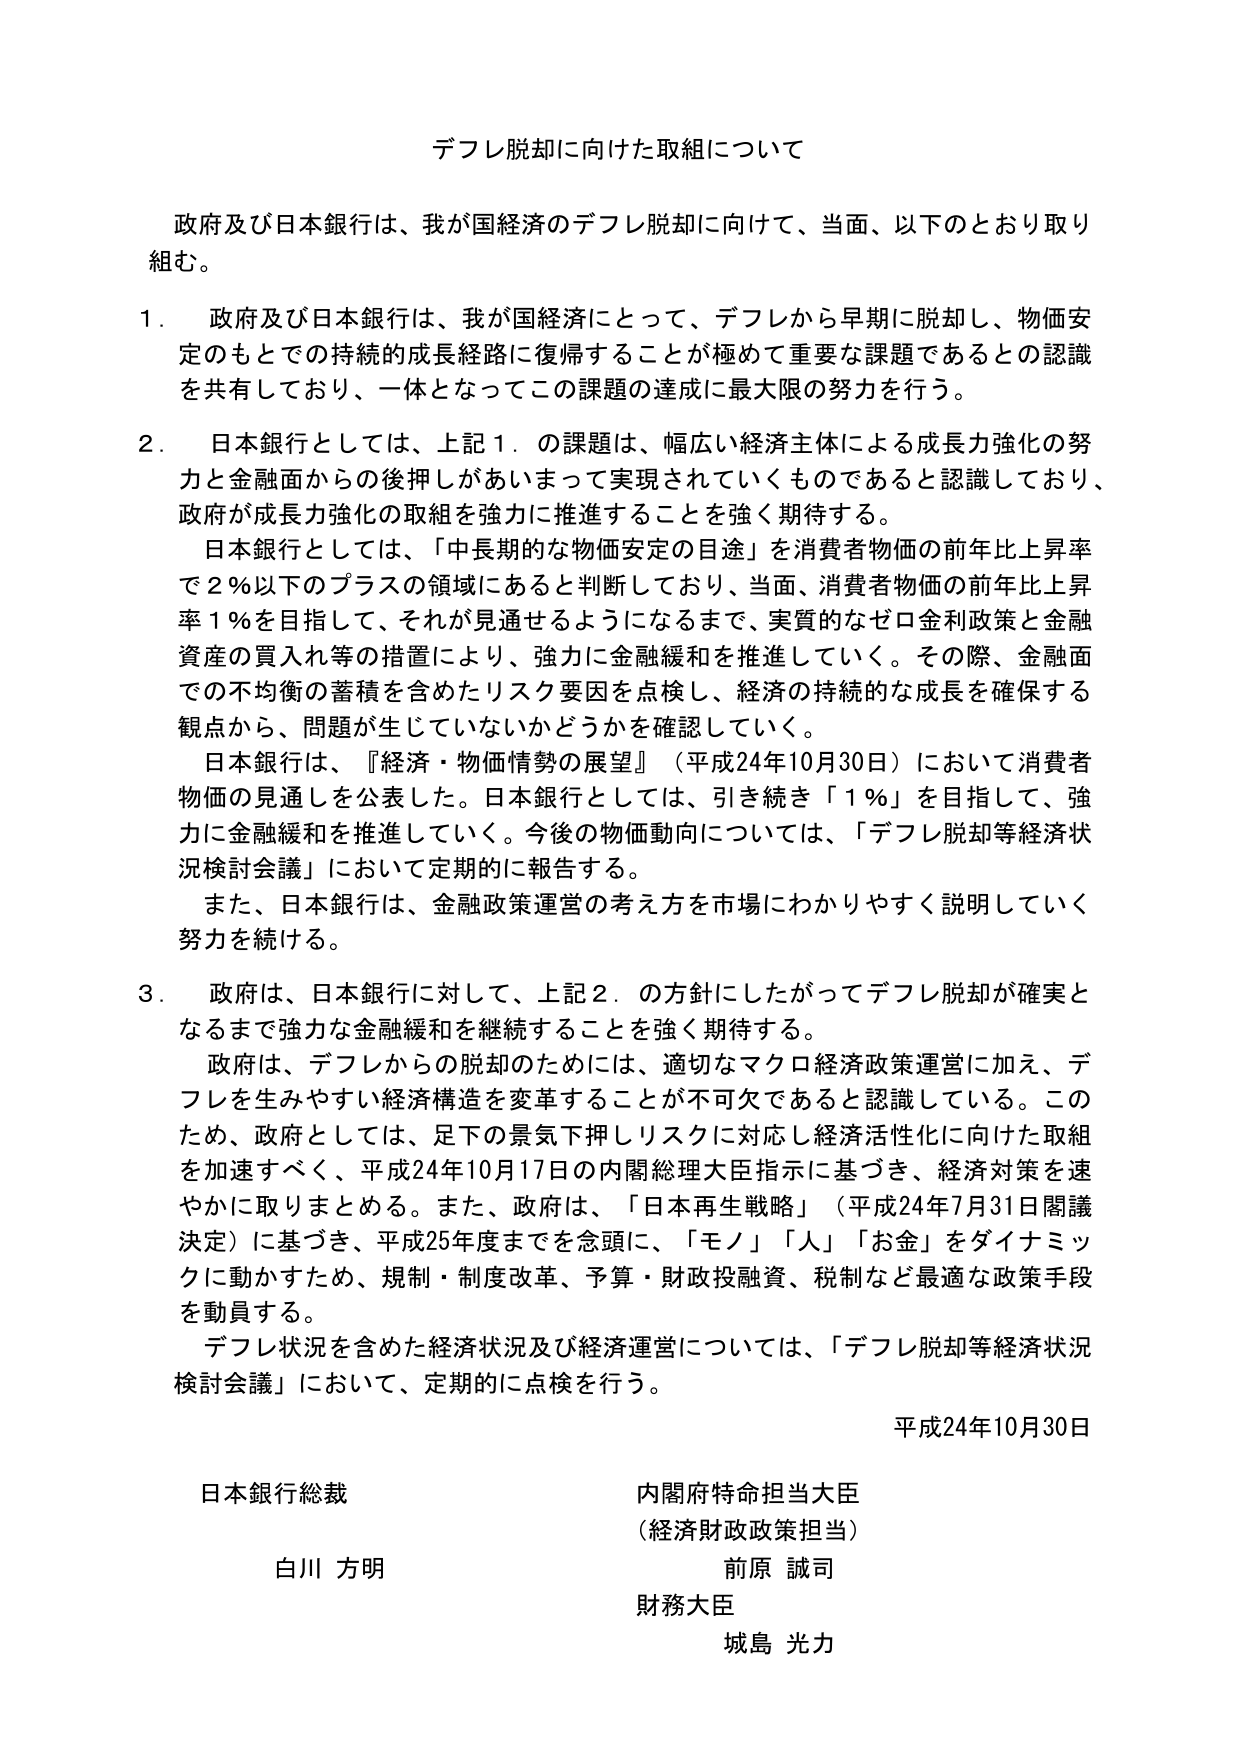
デフレ脱却に向けた取組について

政府及び日本銀行は、我が国経済のデフレ脱却に向けて、当面、以下のとおり取り組む。

1．政府及び日本銀行は、我が国経済にとって、デフレから早期に脱却し、物価安定のもとでの持続的成長経路に復帰することが極めて重要な課題であるとの認識を共有しており、一体となってこの課題の達成に最大限の努力を行う。

2．日本銀行としては、上記1．の課題は、幅広い経済主体による成長力強化の努力と金融面からの後押しがあいまって実現されていくものであると認識しており、政府が成長力強化の取組を強力に推進することを強く期待する。

日本銀行としては、「中長期的な物価安定の目途」を消費者物価の前年比上昇率で2％以下のプラスの領域にあると判断しており、当面、消費者物価の前年比上昇率1％を目指して、それが見通せるようになるまで、実質的なゼロ金利政策と金融資産の買入れ等の措置により、強力に金融緩和を推進していく。その際、金融面での不均衡の蓄積を含めたリスク要因を点検し、経済の持続的な成長を確保する観点から、問題が生じていないかどうかを確認していく。

日本銀行は、『経済・物価情勢の展望』（平成24年10月30日）において消費者物価の見通しを公表した。日本銀行としては、引き続き「1％」を目指して、強力に金融緩和を推進していく。今後の物価動向については、「デフレ脱却等経済状況検討会議」において定期的に報告する。

また、日本銀行は、金融政策運営の考え方を市場にわかりやすく説明していく努力を続ける。

3．政府は、日本銀行に対して、上記2．の方針にしたがってデフレ脱却が確実となるまで強力な金融緩和を継続することを強く期待する。

政府は、デフレからの脱却のためには、適切なマクロ経済政策運営に加え、デフレを生みやすい経済構造を変革することが不可欠であると認識している。このため、政府としては、足下の景気下押しリスクに対応し経済活性化に向けた取組を加速すべく、平成24年10月17日の内閣総理大臣指示に基づき、経済対策を速やかに取りまとめる。また、政府は、「日本再生戦略」（平成24年7月31日閣議決定）に基づき、平成25年度までを念頭に、「モノ」「人」「お金」をダイナミックに動かすため、規制・制度改革、予算・財政投融資、税制など最適な政策手段を動員する。

デフレ状況を含めた経済状況及び経済運営については、「デフレ脱却等経済状況検討会議」において、定期的に点検を行う。

平成24年10月30日

日本銀行総裁　　　　　　　　　　　　　内閣府特命担当大臣
　　　　　　　　　　　　　　　　　　　（経済財政政策担当）
白川 方明　　　　　　　　　　　　　　　前原 誠司
　　　　　　　　　　　　　　　　　　　財務大臣
　　　　　　　　　　　　　　　　　　　城島 光力